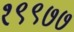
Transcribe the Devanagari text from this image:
१९९७७